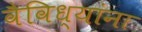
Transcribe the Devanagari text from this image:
वैविध्यांना